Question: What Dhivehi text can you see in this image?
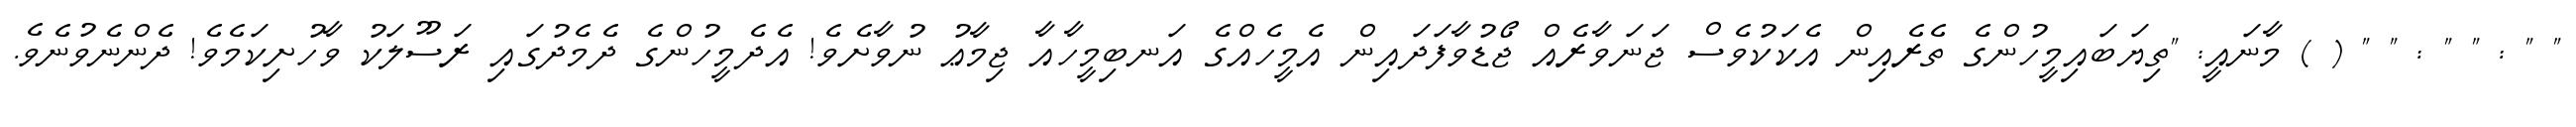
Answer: " " : " " : " " ( ) މާނައީ: "ތިޔަބައިމީހުންގެ ތެރެއިން އެކަކުވެސް ޖަނަވާރެއް ޖޯޑުވާފަދައިން އެމީހެއްގެ އަނބިމީހާއާ ޖިމާޢު ނުވާށެވެ! އެދެމީހުންގެ ދެމެދުގައި ރަސޫލަކު ވާހުށިކަމެވެ! ދެންނެވުނެވެ.